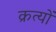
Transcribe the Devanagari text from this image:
क्रत्यों